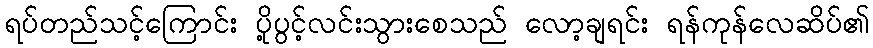
ရပ်တည်သင့်ကြောင်း ပို့ပွင့်လင်းသွားစေသည် လော့ချရင်း ရန်ကုန်လေဆိပ်၏